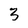
Character: 3